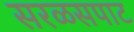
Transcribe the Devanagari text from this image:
सरळसपाट